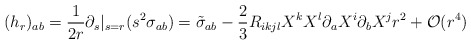
\begin{align*} (h_{r})_{ab}= \frac{1}{2r} \partial_{s}|_{s=r} (s^{2} \sigma_{ab}) = \tilde{\sigma}_{ab} - \frac{2}{3} R_{ikjl} X^{k}X^{l}\partial_{a} X^{i} \partial_{b} X^{j} r^{2} + \mathcal{O}(r^{4}) \end{align*}